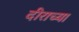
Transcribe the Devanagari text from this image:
दीराच्या